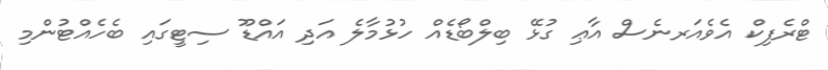
ޓްރެފިކް އެވެއަރނެސް އާޢި ގުޅޭ ބިލްބޯޑެއް ހުޅުމާލެ އަދި އައްޑޫ ސިޓީގައި ބެހެއްޓުންމި